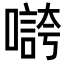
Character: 𡀵